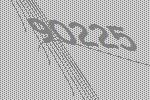
90225